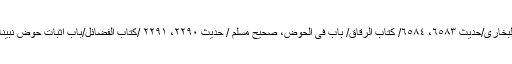
سُحقاً یعنی دُور ہونا، صحیح البُخاری/حدیث ٦٥٨٣، ٦٥٨٤/ کتاب الرقاق/ باب فی الحوض، صحیح مسلم / حدیث ٢٢٩٠، ٢٢٩١ /کتاب الفضائل/باب اِثبات حوض نبیّنا صلی اللہ علیہ وسلم و صفاتہ۔